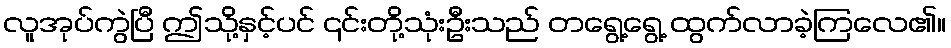
လူအုပ်ကွဲပြီ ဤသို့နှင့်ပင် ၎င်းတို့သုံးဦးသည် တရွေ့ရွေ့ ထွက်လာခဲ့ကြလေ၏။